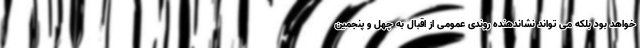
خواهد بود بلکه می تواند نشاندهنده روندی عمومی از اقبال به چهل و پنجمین